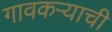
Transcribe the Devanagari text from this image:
गावकर्‍याची